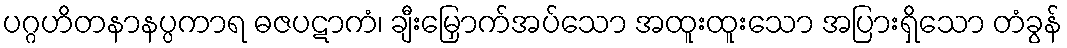
ပဂ္ဂဟိတနာနပ္ပကာရ ဓဇပဋာကံ၊ ချီးမြှောက်အပ်သော အထူးထူးသော အပြားရှိသော တံခွန်